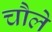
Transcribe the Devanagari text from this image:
चौले